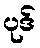
ပုဒ်